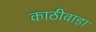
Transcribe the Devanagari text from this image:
काठीवाड़ा